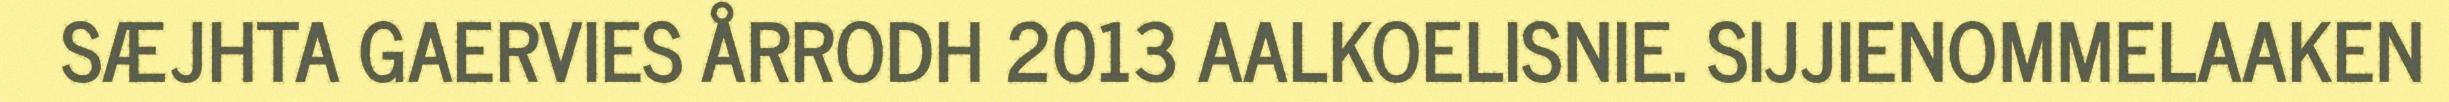
SÆJHTA GAERVIES ÅRRODH 2013 AALKOELISNIE. SIJJIENOMMELAAKEN